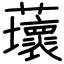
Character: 蘾